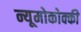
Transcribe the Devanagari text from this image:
न्यूमोकोक्की